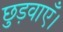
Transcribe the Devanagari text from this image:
छुड़वाएँ।